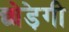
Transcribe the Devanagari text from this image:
छोड़ेगी